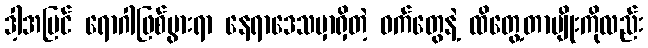
ဒါ့အပြင် ရောဂါဖြစ်ပွားရာ နေရာဒေသမှာရှိတဲ့ ဝက်တွေနဲ့ ထိတွေ့တာမျိုးကိုလည်း